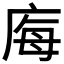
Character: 𭙝